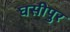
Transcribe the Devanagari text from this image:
घसीपुर